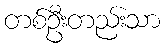
တစ်ဦးတည်းသာ